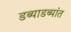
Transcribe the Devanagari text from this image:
डब्याडब्यांत